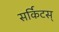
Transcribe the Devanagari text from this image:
सर्किटस्